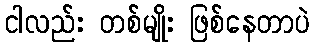
ငါလည်း တစ်မျိုး ဖြစ်နေတာပဲ